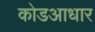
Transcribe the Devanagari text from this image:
कोडआधार